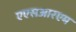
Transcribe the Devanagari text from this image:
एएसआरएम